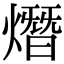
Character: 熸